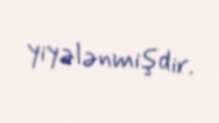
yiyələnmişdir.